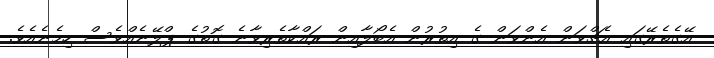
އޭގެތެރޭގައި އެޗްވަން އެންވަން ގެ އިތުރުން އެބޯލާއިން ރައްކާތެރިވާނެ ގޮތުގެ ޕްލޭނެއްވެސް ހިމެނެއެވެ.